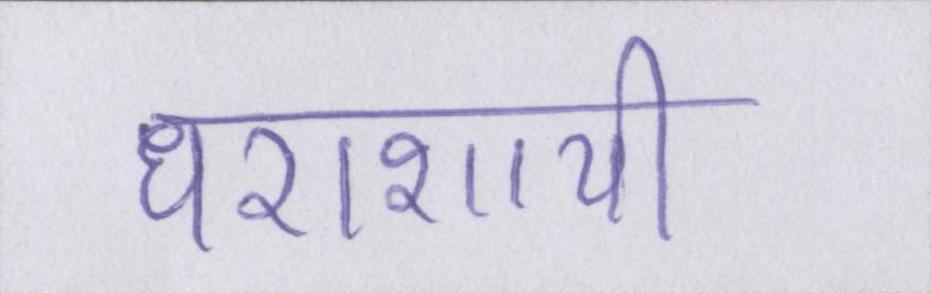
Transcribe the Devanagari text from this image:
धराशायी